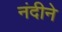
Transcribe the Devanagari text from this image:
नंदीने